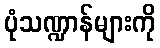
ပုံသဏ္ဍာန်များကို